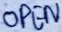
Text: OPEN